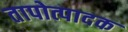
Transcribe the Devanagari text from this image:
तापोत्पादक